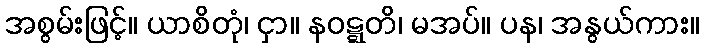
အစွမ်းဖြင့်။ ယာစိတုံ၊ ငှာ။ နဝဋ္ဋတိ၊ မအပ်။ ပန၊ အနွယ်ကား။